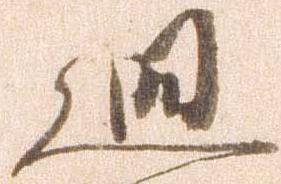
廻